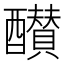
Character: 𨣵